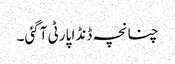
چنانچہ ڈنڈا پارٹی آگئی۔